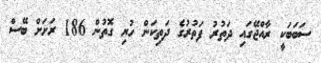
ސަބަބަކީ ރާއްޖޭގައި ދަތުރު ފަތުރުގެ ދަތިކަން ހުރި ގޮތުން 186 ރަށަށް ބޭސް